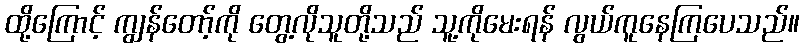
ထို့ကြောင့် ကျွန်တော့်ကို တွေ့လိုသူတို့သည် သူ့ကိုမေးရန် လွယ်ကူနေကြပေသည်။